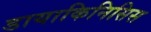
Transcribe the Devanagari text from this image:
डायाकिनिसिस